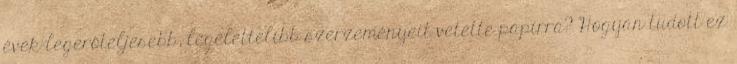
évek legerőteljesebb, legélettelibb szerzeményeit vetette papírra? Hogyan tudott ez